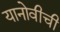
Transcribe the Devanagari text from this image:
यानोवीची